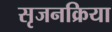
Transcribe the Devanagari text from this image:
सृजनक्रिया